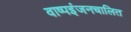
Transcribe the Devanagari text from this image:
वाष्पइंजनचालित